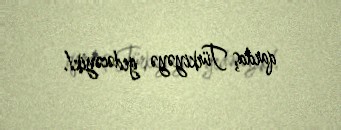
qardaş Türkiyəyə gedəcəyik!.